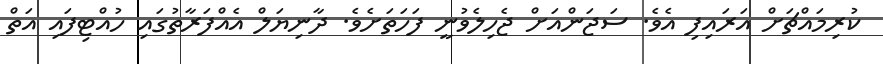
ކުރިމައްޗަށް އަރައިފި އެވެ. ސަޖަންއަށް ޖެހިލެވުނީ ފަހަތަށެވެ. ދާނިޔަލް އެއްފަރާތުގައި ހުއްޓިފައި އަތް